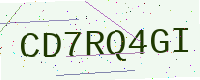
Text: CD7RQ4GI